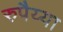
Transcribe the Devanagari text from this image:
रुपैय्या